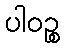
ပါဝဉ္စ